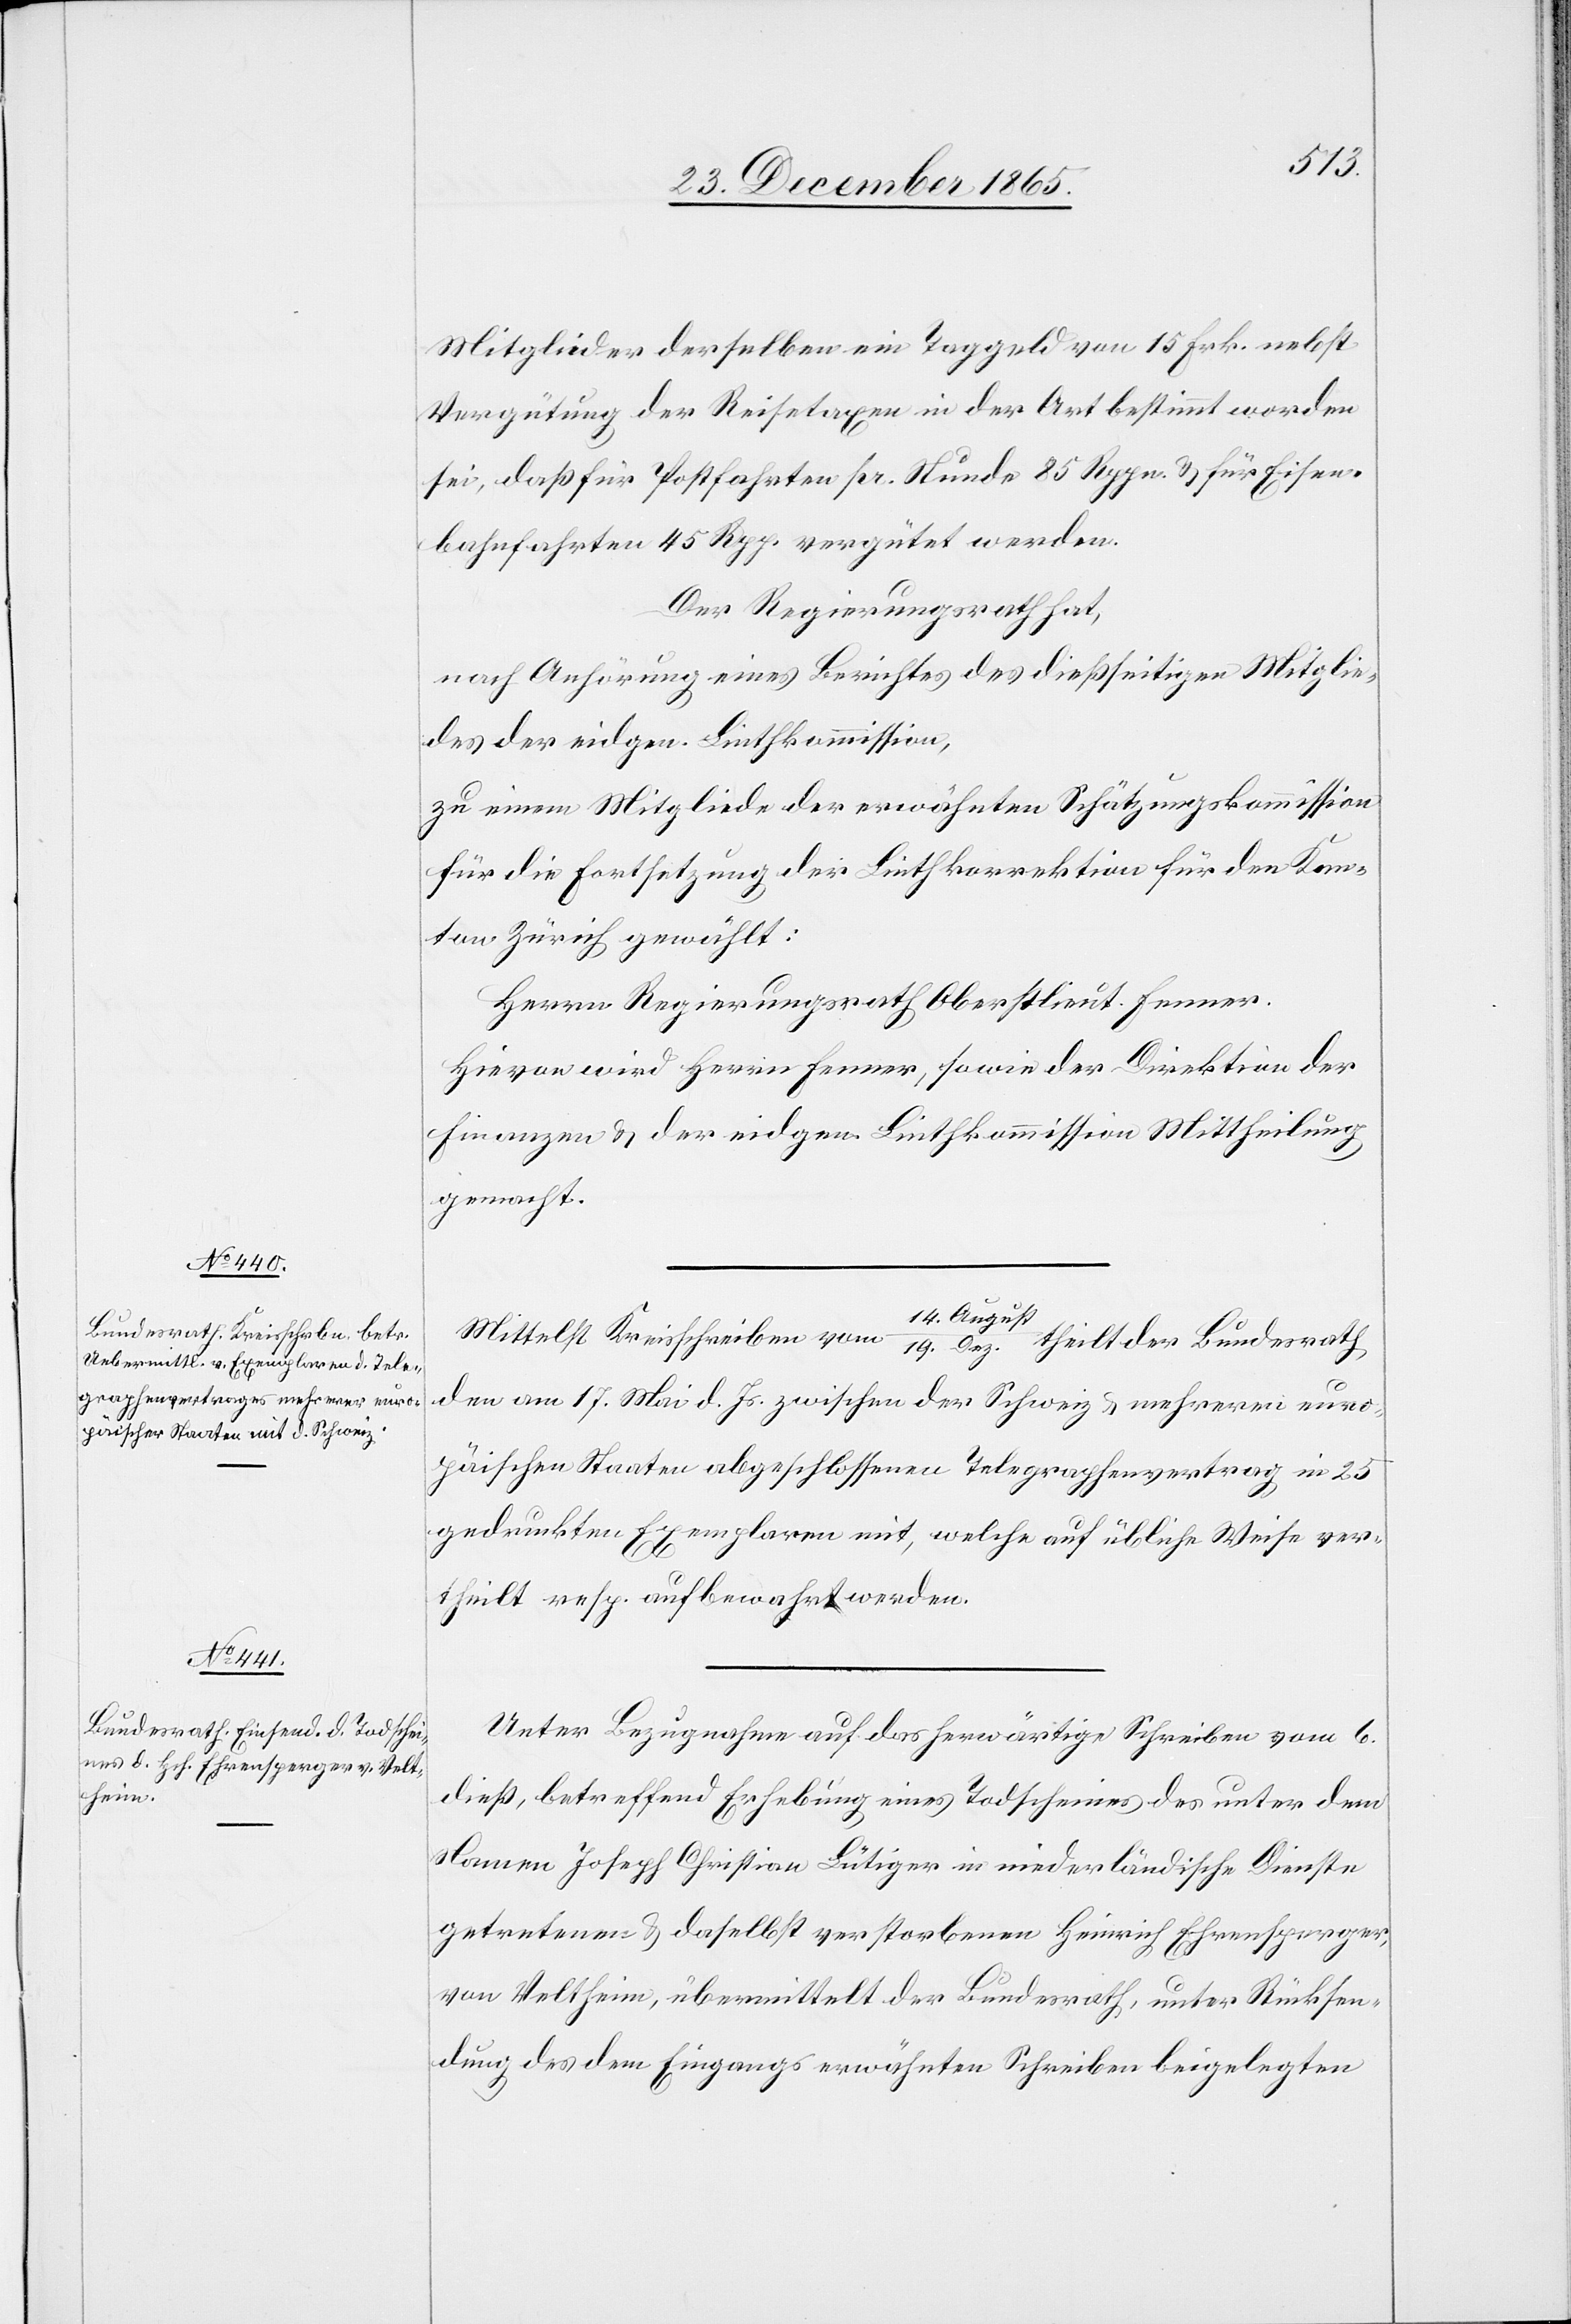
Mitglieder derselben ein Taggeld von 15 Frk. nebst
Vergütung der Reisetaxen in der Art bestimmt worden
sei, daß für Postfahrten pr. Stunde 85 Rppn. & für Eisen¬
bahnfahrten 45 Rpp. vergütet werden.
Der Regierungsrath hat,
nach Anhörung eines Berichtes des dießseitigen Mitglie¬
des der eidgen. Linthkommission,
zu einem Mitgliede der erwähnten Schätzungskommission
für die Fortsetzung der Linthkorrektion für den Kan¬
ton Zürich gewählt:
Herrn Regierungsrath Oberstlieut. Fenner.
Hievon wird Herrn Fenner, sowie der Direktion der
Finanzen & der eidgen. Linthkommission Mittheilung
gemacht.
Mittelst Kreisschreiben vom 14. August/19. Dez. theilt der Bundesrath
den am 17. Mai d. Js. zwischen der Schweiz & mehreren euro¬
päischen Staaten abgeschlossenen Telegraphenvertrag in 25
gedruckten Exemplaren mit, welche auf übliche Weise ver¬
theilt resp. aufbewahrt werden.
Unter Bezugnahme auf das herwärtige Schreiben vom 6.
dieß, betreffend Erhebung eines Todscheines des unter dem
Namen Joseph Christian Bütiger in niederländische Dienste
getretenen & daselbst verstorbenen Heinrich Ehrensperger,
von Veltheim, übermittelt der Bundesrath, unter Rücksen¬
dung des dem Eingangs erwähnten Schreiben beigelegten